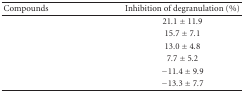
<table><thead><tr><td><b>Compounds</b></td><td><b>Inhibition of degranulation (%)</b></td></tr></thead><tbody><tr><td>[EMPTY_CELL]</td><td>21.1 ± 11.9</td></tr><tr><td>[EMPTY_CELL]</td><td>15.7 ± 7.1</td></tr><tr><td>[EMPTY_CELL]</td><td>13.0 ± 4.8</td></tr><tr><td>[EMPTY_CELL]</td><td>7.7 ± 5.2</td></tr><tr><td>[EMPTY_CELL]</td><td>−11.4 ± 9.9</td></tr><tr><td>[EMPTY_CELL]</td><td>−13.3 ± 7.7</td></tr></tbody></table>